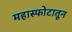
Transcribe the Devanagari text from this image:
महास्फोटातून